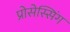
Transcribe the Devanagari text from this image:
प्रोसेस्सिंग